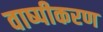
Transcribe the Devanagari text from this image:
वाष्‍पीकरण